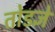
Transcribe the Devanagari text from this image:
तोडज्ञे